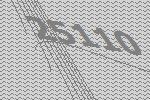
25110